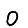
Digit: 0